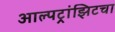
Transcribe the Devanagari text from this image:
आल्पट्रांझिटचा